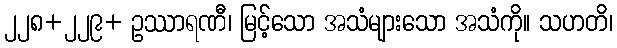
၂၂၈+၂၂၉+ ဥဿာရဏီ၊ မြင့်သော အသံများသော အသံကို။ သဟတိ၊